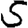
Digit: 5